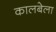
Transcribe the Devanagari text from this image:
कालबेला